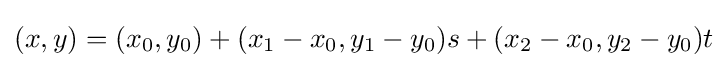
(x,y)=(x_{0},y_{0})+(x_{1}-x_{0},y_{1}-y_{0})s+(x_{2}-x_{0},y_{2}-y_{0})t